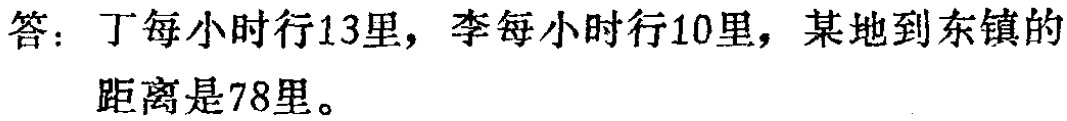
答：丁每小时行13里，李每小时行10里，某地到东镇的距离是78里。